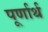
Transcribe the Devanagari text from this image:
पूर्णार्थ